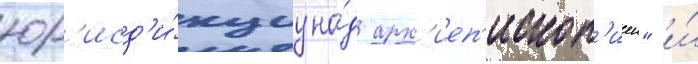
юр'исд'и́кциу на́д арх'иеп'ископ'иеи" и́